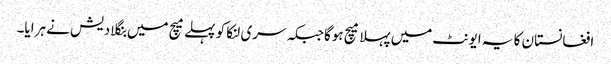
افغانستان کا یہ ایونٹ میں پہلا میچ ہوگاجبکہ سری لنکا کو پہلے میچ میں بنگلادیش نے ہرایا۔